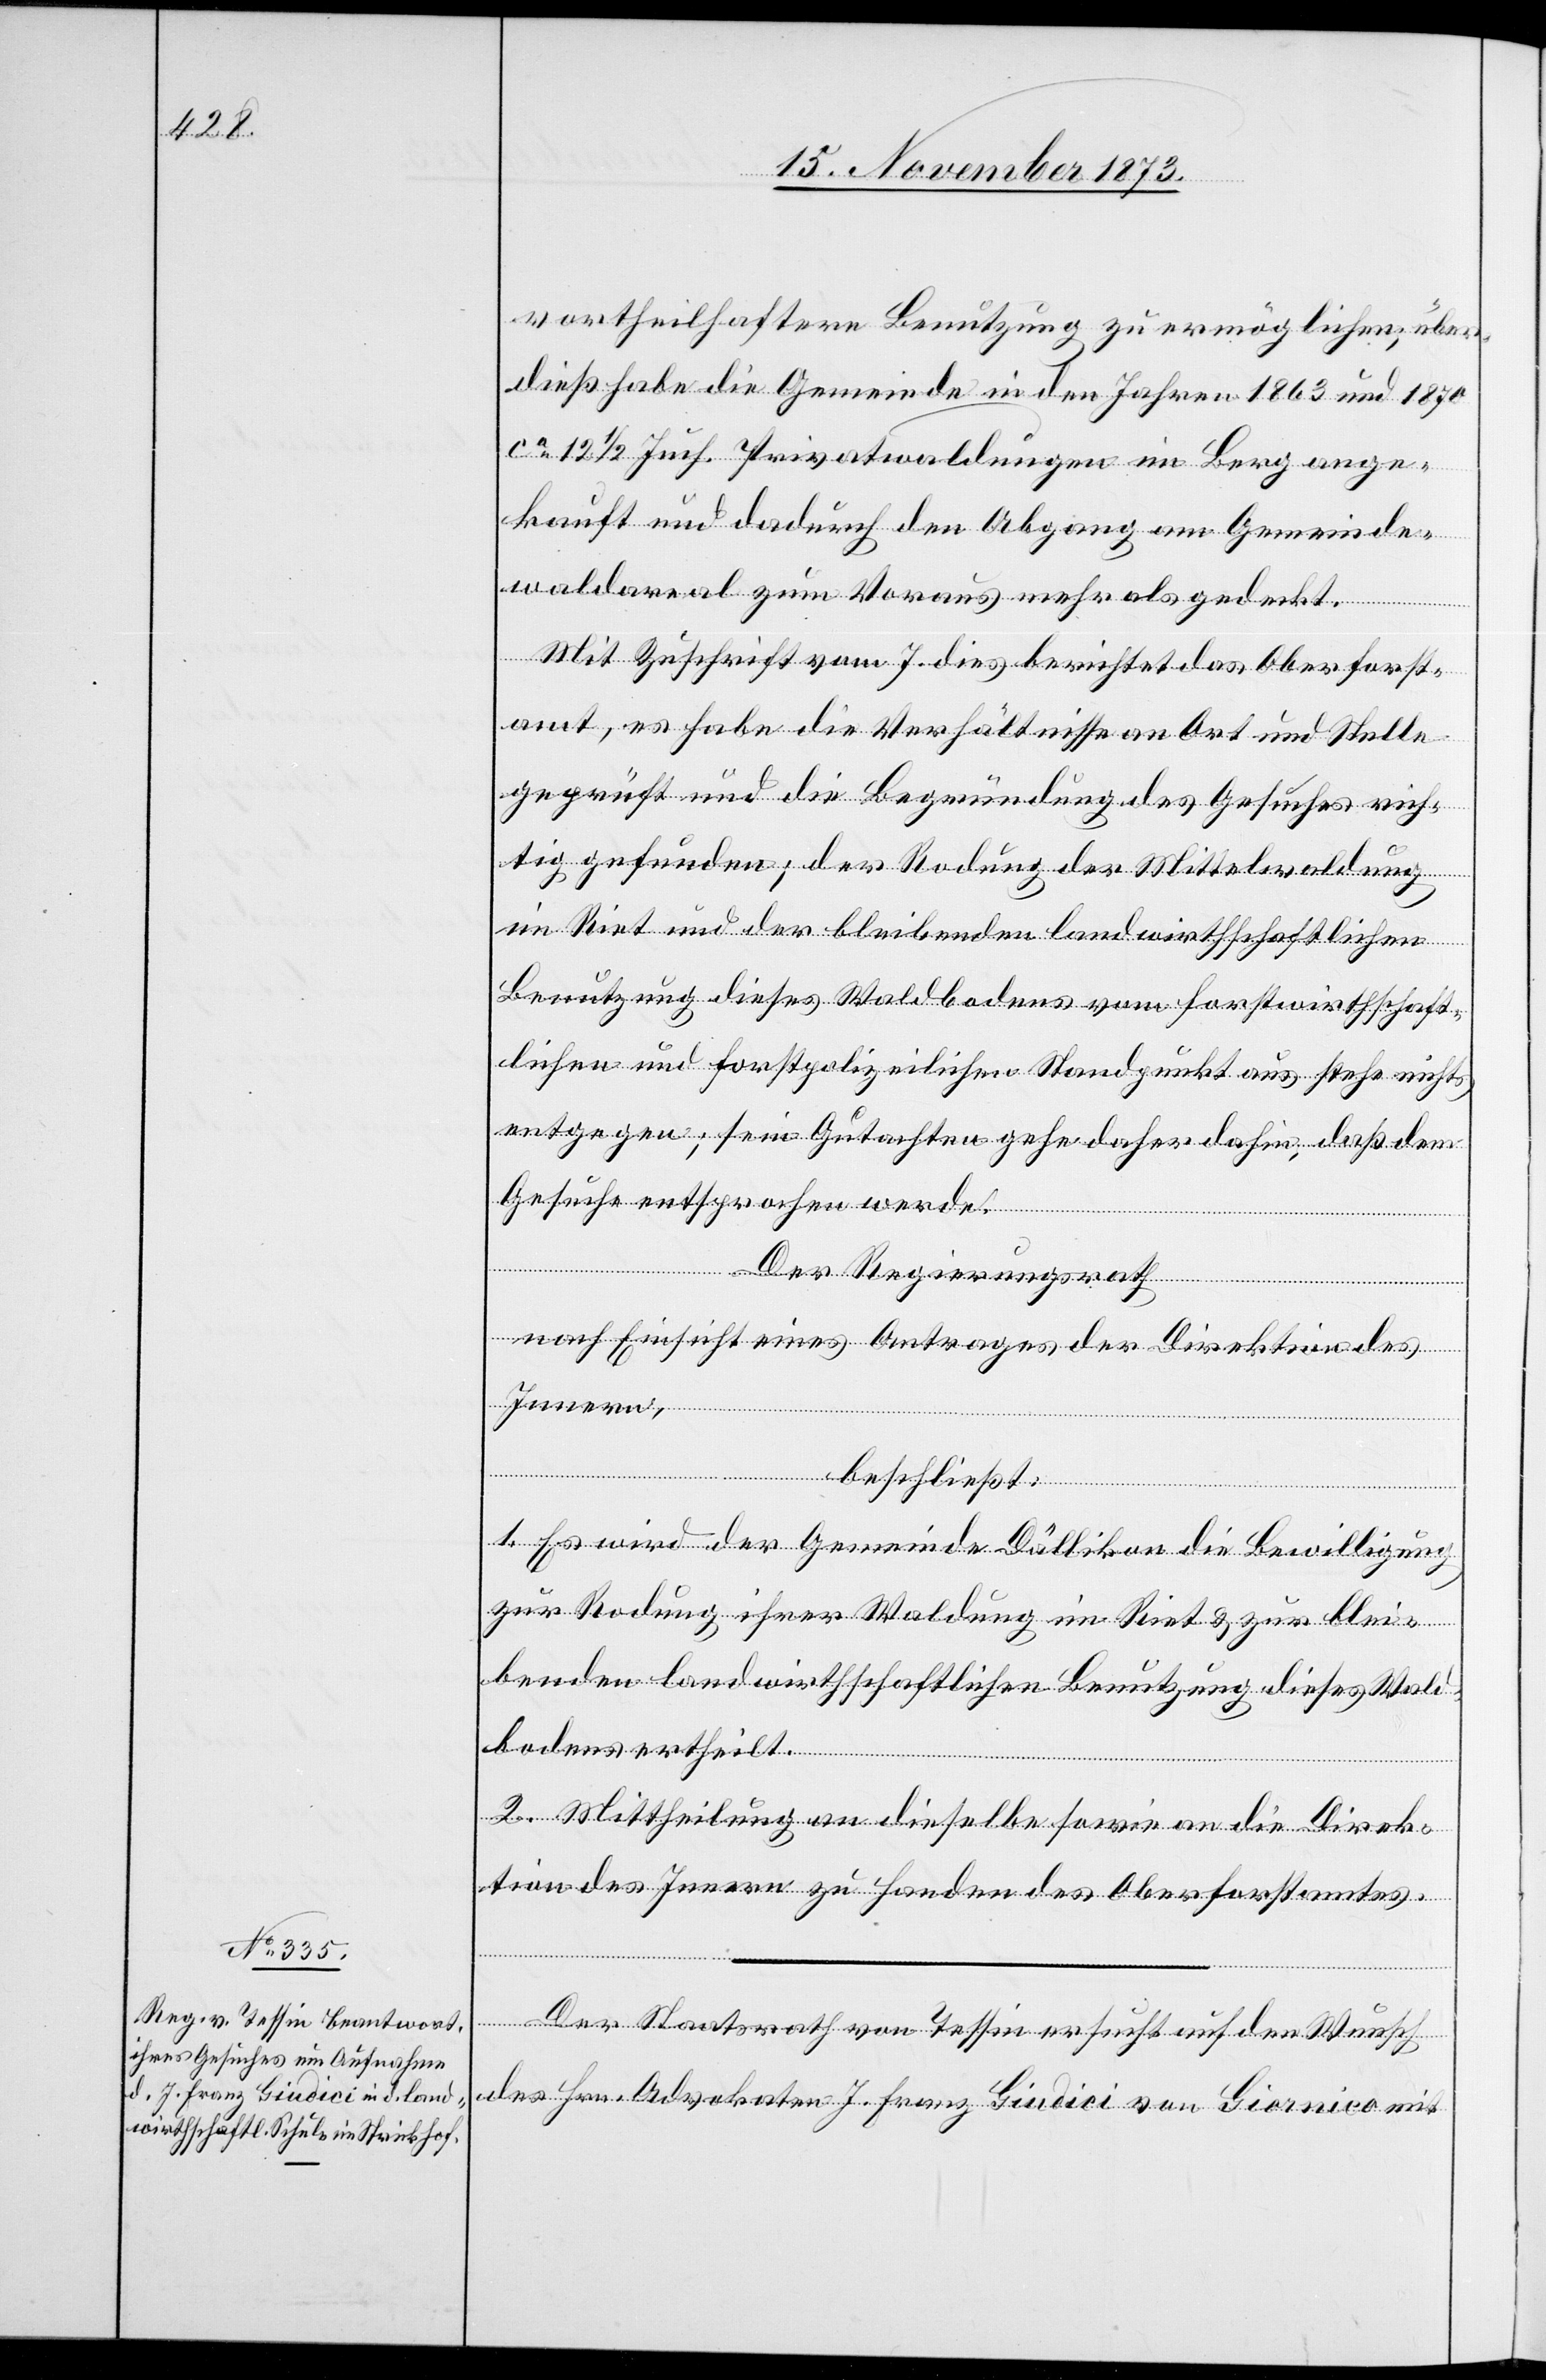
vortheilhaftere Benutzung zu ermöglichen; über¬
dieß habe die Gemeinde in den Jahren 1863 und 1870
ca 12 1/2 Juch. Privatwaldungen im Berg ange¬
kauft und dadurch den Abgang am Gemeinde¬
waldareal zum Voraus mehr als gedeckt.
Mit Zuschrift vom 7. dies berichtet das Oberforst¬
amt, es habe die Verhältnisse an Ort und Stelle
geprüft und die Begründung des Gesuches rich¬
tig gefunden; der Rodung der Mittelwaldung
im Riet und der bleibenden landwirthschaftlichen
Benutzung dieses Waldbodens vom forstwirthschaft¬
lichen und forstpolizeilichen Standpunkt aus stehe nichts
entgegen; sein Gutachten gehe daher dahin, daß dem
Gesuche entsprochen werde.
Der Regierungsrath
nach Einsicht eines Antrages der Direktion des
Innern,
beschließt:
1. Es wird der Gemeinde Dällikon die Bewilligung
zur Rodung ihrer Waldung im Riet & zur blei¬
benden landwirthschaftlichen Benutzung dieses Wald¬
bodens ertheilt.
2. Mittheilung an dieselbe sowie an die Direk¬
tion des Innern zu Handen des Oberforstamtes.
Der Staatsrath von Tessin ersucht auf den Wunsch
des Hrn. Advokaten J. Franz Giudici von Giornico mit